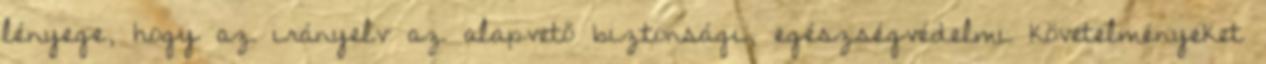
lényege, hogy az irányelv az alapvető biztonsági, egészségvédelmi követelményeket